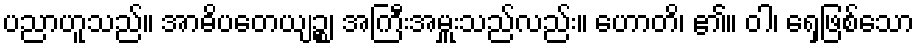
ပညာဟူသည်။ အာဓိပတေယျဉ္စ၊ အကြီးအမှူးသည်လည်း။ ဟောတိ၊ ၏။ ဝါ၊ ရှေ့ဖြစ်သော